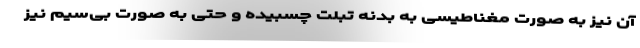
آن نیز به صورت مغناطیسی به بدنه تبلت چسبیده و حتی به صورت بی‌سیم نیز